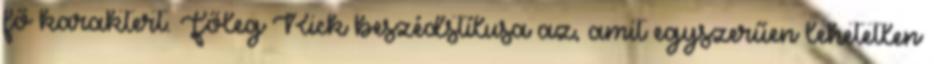
fő karaktert. Főleg Rick beszédstílusa az, amit egyszerűen lehetetlen